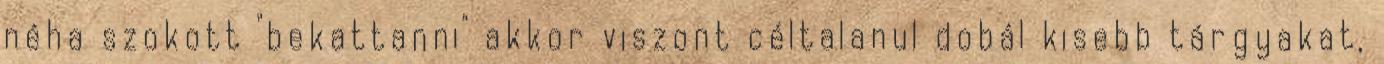
néha szokott "bekattanni" akkor viszont céltalanul dobál kisebb tárgyakat,